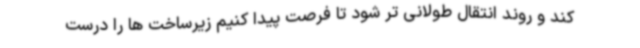
کند و روند انتقال طولانی تر شود تا فرصت پیدا کنیم زیرساخت ها را درست